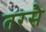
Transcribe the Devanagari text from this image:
तरसै